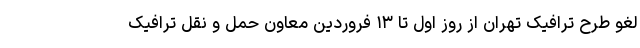
لغو طرح ترافیک تهران از روز اول تا ۱۳ فروردین معاون حمل و نقل ترافیک